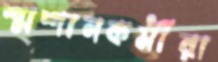
শ্মশানকর্মীরা